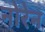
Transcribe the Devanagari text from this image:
नोरेन